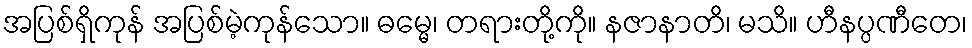
အပြစ်ရှိကုန် အပြစ်မဲ့ကုန်သော။ ဓမ္မေ၊ တရားတို့ကို။ နဇာနာတိ၊ မသိ။ ဟီနပ္ပဏီတေ၊